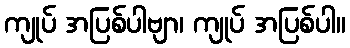
ကျုပ် အပြစ်ပါဗျာ၊ ကျုပ် အပြစ်ပါ။